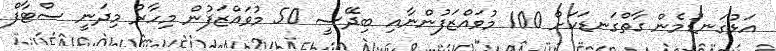
އަޅުގަނޑުމެން ގާތްގަނޑަކަށް 100 މުވައްޒަފުންނާއި ބިދޭސީ 50 މުވައްޒަފުން މިހާރު މިދަނީ ސްޓާފް